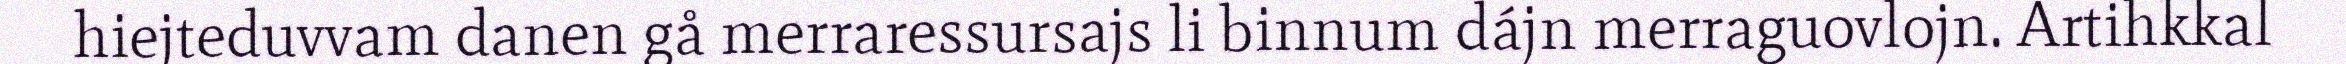
hiejteduvvam danen gå merraressursajs li binnum dájn merraguovlojn. Artihkkal